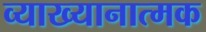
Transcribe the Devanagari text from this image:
व्याख्यानात्मक